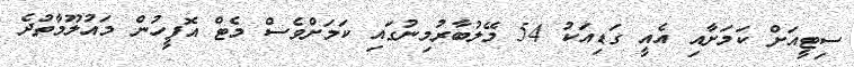
ސިޓީއަށް ކަމަށާއި އެއީ ގަޑިއަކު 54 މޭލުބާރުމިނުގައި ކަަމަށްވެސް މެޓް އޮފީހުން މައުލޫމާތުދެ